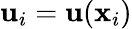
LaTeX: \mathbf{u}_{i}=\mathbf{u}(\mathbf{x}_{i})